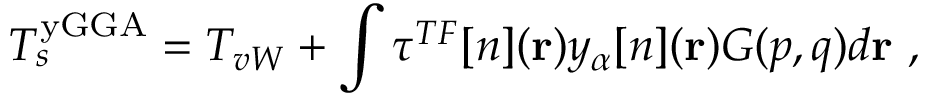
T _ { s } ^ { \mathrm { y G G A } } = T _ { v W } + \int \tau ^ { T F } [ n ] ( \mathbf { r } ) y _ { \alpha } [ n ] ( \mathbf { r } ) G ( p , q ) d \mathbf { r } \ ,